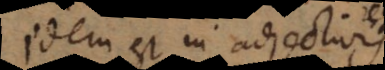
Idem est in adjectiv